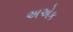
અએક